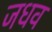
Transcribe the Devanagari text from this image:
जधव